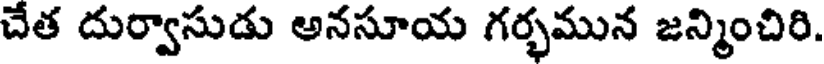
చేత దుర్వాసుడు అనసూయ గర్భమున జన్మించిరి.